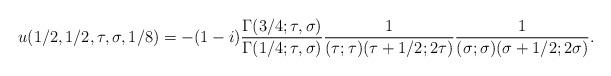
LaTeX: \begin{align*}u(1/2, 1/2, \tau, \sigma, 1/8) = - (1 - i) \frac{\Gamma(3/4; \tau, \sigma)}{\Gamma(1/4; \tau, \sigma)} \frac{1}{(\tau; \tau)(\tau+1/2; 2\tau)} \frac{1}{(\sigma; \sigma)(\sigma + 1/2; 2\sigma)}.\end{align*}